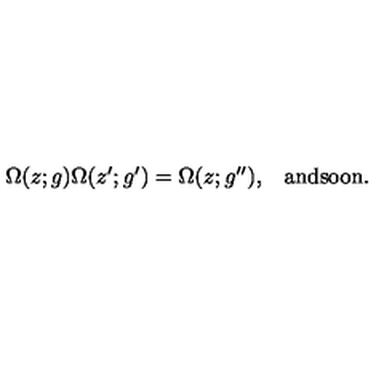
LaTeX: \begin{array} { c c } { \Omega ( z ; g ) \Omega ( z ^ { \prime } ; g ^ { \prime } ) = \Omega ( z ; g ^ { \prime \prime } ) , } & { \mathrm { a n d s o o n . } } \\ \end{array}